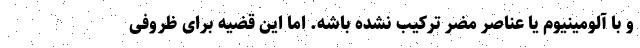
و با آلومینیوم یا عناصر مضر ترکیب نشده باشه. اما این قضیه برای ظروفی